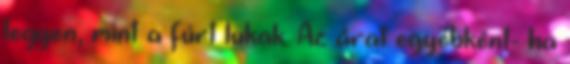
legyen, mint a fúrt lukak. Az árat egyébként- ha